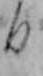
日